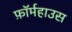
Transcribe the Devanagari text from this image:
फ़ॉर्महाउस